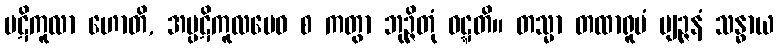
ပဋိကူလာ ဟောတိ, အပ္ပဋိကူလမေဝ စ ကတွာ ဘုဉ္ဇိတုံ ဝဋ္ဋတိ။ တသ္မာ တထာရူပံ ဗျဉ္ဇနံ သန္ဓာယ